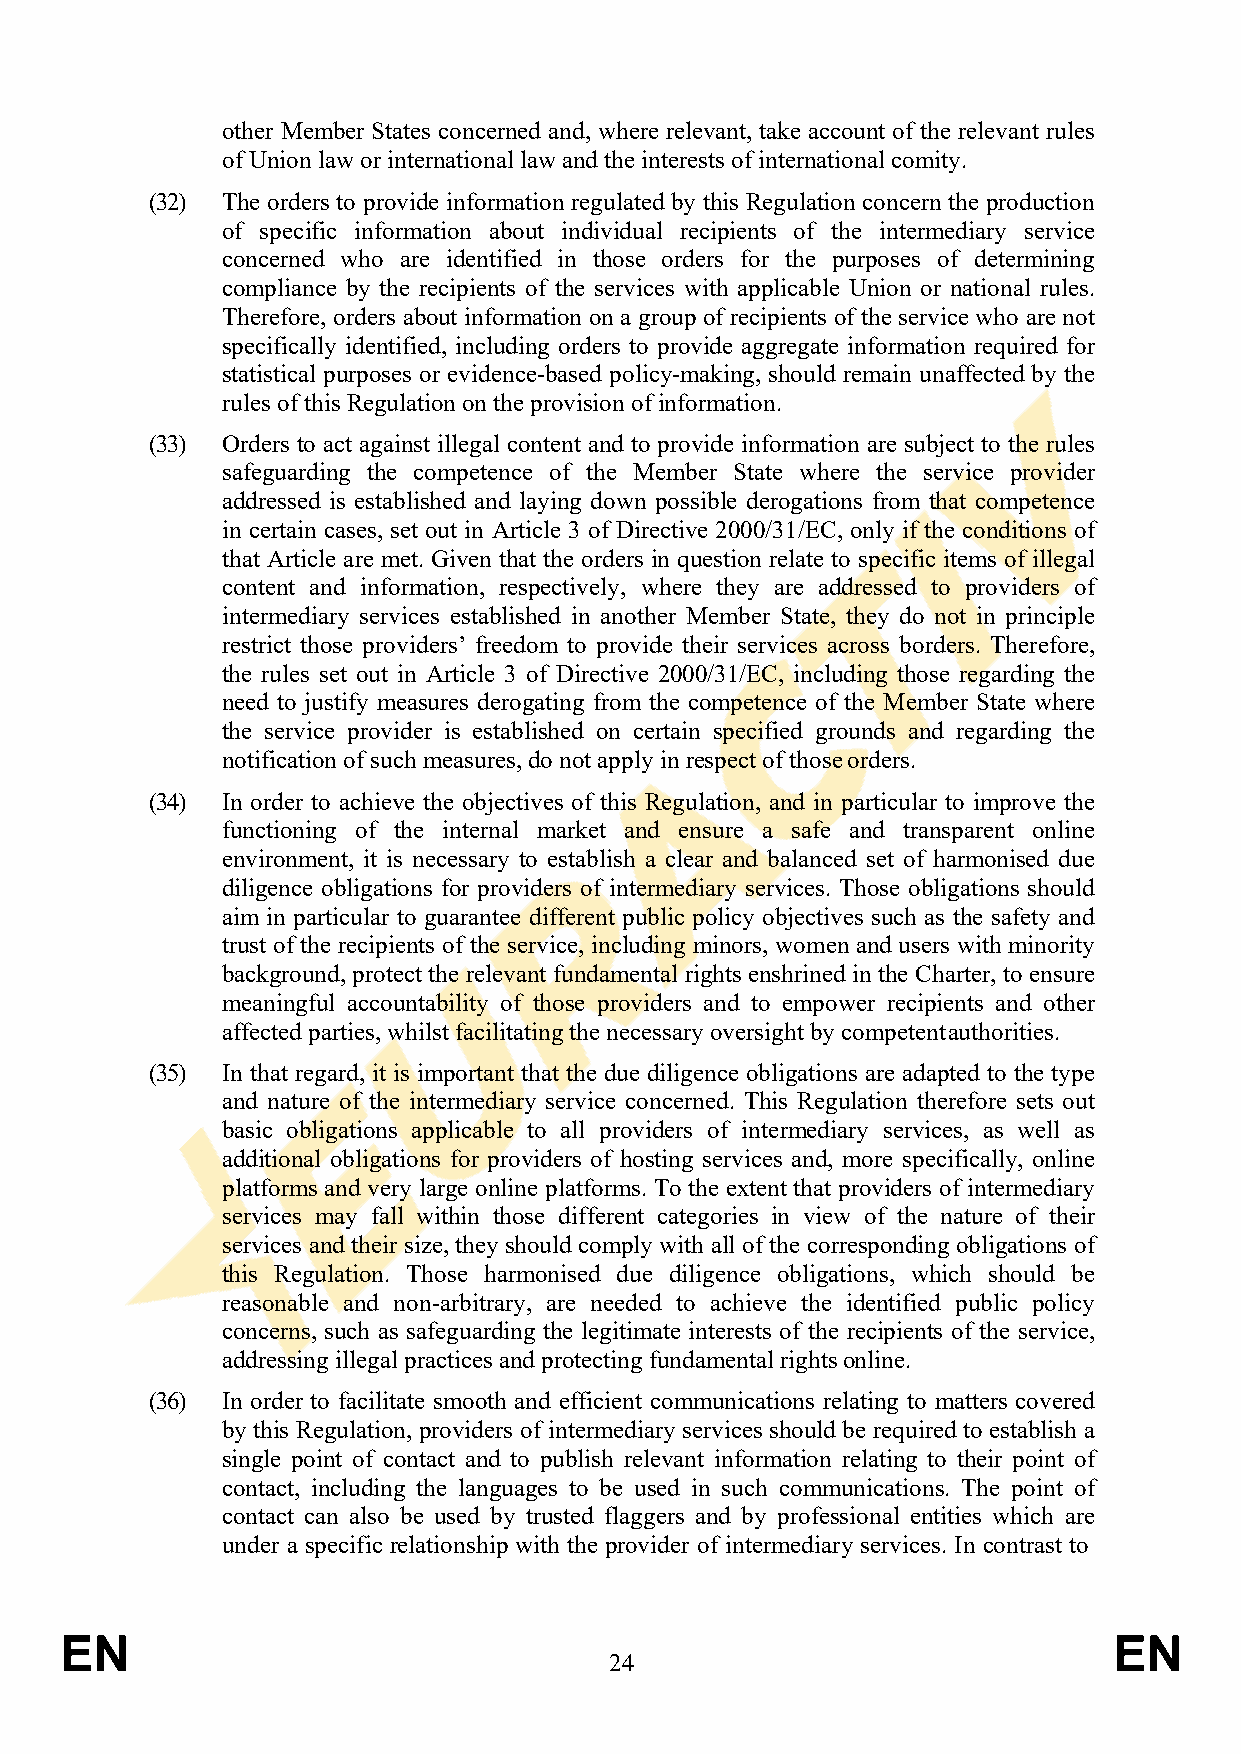
other Member States concerned and, where relevant, take account of the relevant rules
 of Union law or international law and the interests of international comity.
 (32) The orders to provide information regulated by this Regulation concern the production
 of specific information about individual recipients of the intermediary service
 concerned who are identified in those orders for the purposes of determining
 compliance by the recipients of the services with applicable Union or national rules.
 Therefore, orders about information on a group of recipients of the service who are not
 specifically identified, including orders to provide aggregate information required for
 statistical purposes or evidence-based policy-making, should remain unaffected by the
 rules of this Regulation on the provision of information.
 (33) Orders to act against illegal content and to provide information are subject to the rules
 safeguarding the competence of the Member State where the service provider
 addressed is established and laying down possible derogations from that competence
 in certain cases, set out in Article 3 of Directive 2000/31/EC, only if the conditions of
 that Article are met. Given that the orders in question relate to specific items of illegal
 content and information, respectively, where they are addressed to providers of
 intermediary services established in another Member State, they do not in principle
 restrict those providers’ freedom to provide their services across borders. Therefore,
 the rules set out in Article 3 of Directive 2000/31/EC, including those regarding the
 need to justify measures derogating from the competence of the Member State where
 the service provider is established on certain specified grounds and regarding the
 notification of such measures, do not apply in respect of those orders.
 (34) In order to achieve the objectives of this Regulation, and in particular to improve the
 functioning of the internal market and ensure a safe and transparent online
 environment, it is necessary to establish a clear and balanced set of harmonised due
 diligence obligations for providers of intermediary services. Those obligations should
 aim in particular to guarantee different public policy objectives such as the safety and
 trust of the recipients of the service, including minors, women and users with minority
 background, protect the relevant fundamental rights enshrined in the Charter, to ensure
 meaningful accountability of those providers and to empower recipients and other
 affected parties, whilst facilitating the necessary oversight by competent authorities.
 (35) In that regard, it is important that the due diligence obligations are adapted to the type
 and nature of the intermediary service concerned. This Regulation therefore sets out
 basic obligations applicable to all providers of intermediary services, as well as
 additional obligations for providers of hosting services and, more specifically, online
 platforms and very large online platforms. To the extent that providers of intermediary
 services may fall within those different categories in view of the nature of their
 services and their size, they should comply with all of the corresponding obligations of
 this Regulation. Those harmonised due diligence obligations, which should be
 reasonable and non-arbitrary, are needed to achieve the identified public policy
 concerns, such as safeguarding the legitimate interests of the recipients of the service,
 addressing illegal practices and protecting fundamental rights online.
 (36) In order to facilitate smooth and efficient communications relating to matters covered
 by this Regulation, providers of intermediary services should be required to establish a
 single point of contact and to publish relevant information relating to their point of
 contact, including the languages to be used in such communications. The point of
 contact can also be used by trusted flaggers and by professional entities which are
 under a specific relationship with the provider of intermediary services. In contrast to
 EN                                                                    EN
 24